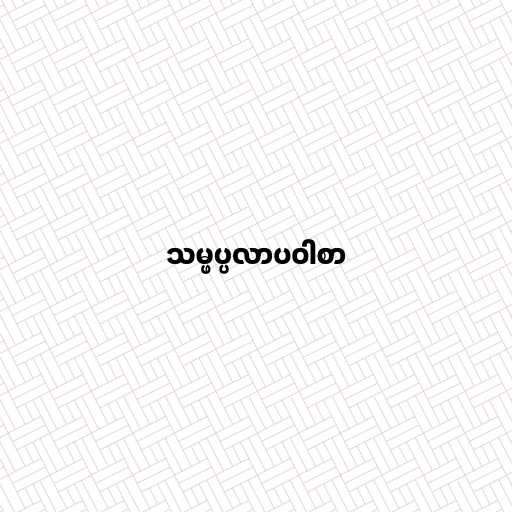
သမ္ဖပ္ပလာပဝါစာ